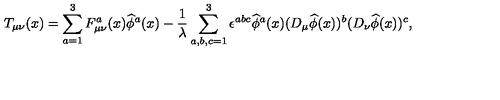
T _ { \mu \nu } ( x ) = \sum _ { a = 1 } ^ { 3 } F _ { \mu \nu } ^ { a } ( x ) \widehat { \phi } ^ { a } ( x ) - \frac { 1 } { \lambda } \sum _ { a , b , c = 1 } ^ { 3 } \epsilon ^ { a b c } \widehat { \phi } ^ { a } ( x ) ( D _ { \mu } \widehat { \phi } ( x ) ) ^ { b } ( D _ { \nu } \widehat { \phi } ( x ) ) ^ { c } ,